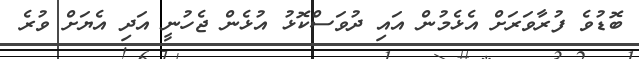
ބޮޑުވެ ފުރާވަރަށް އެޅެމުން އައި ދުވަސްކޮޅު އުޅެން ޖެހުނީ އަދި އެޔަށް ވުރެ